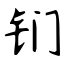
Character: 钔